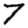
Digit: 7